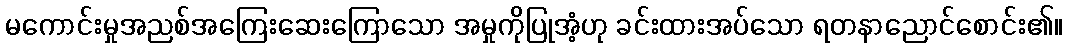
မကောင်းမှုအညစ်အကြေးဆေးကြောသော အမှုကိုပြုအံ့ဟု ခင်းထားအပ်သော ရတနာညောင်စောင်း၏။